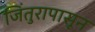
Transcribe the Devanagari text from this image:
जिंतुरापासून